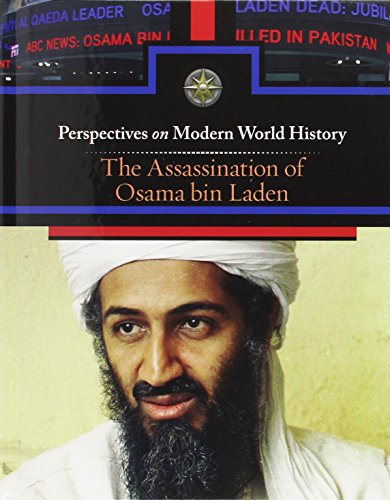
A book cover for The Assassination Bin Laden (Perspectives on Modern World History); Julie Garbus; Teen & Young Adult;